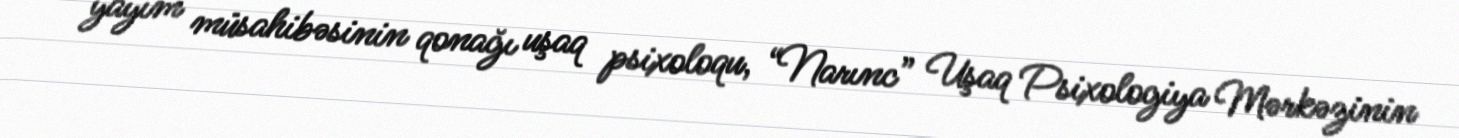
yayım müsahibəsinin qonağı uşaq psixoloqu, “Narınc” Uşaq Psixologiya Mərkəzinin